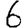
Digit: 6